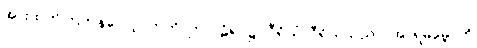
အားထုတ်ကြကုန်လော့။ ဣတိ၊ ဤပါဠိရပ်၌။ ဝီရိယံ၊ ဝီရိယသည်။ (အာရမမ္ဘောတိ